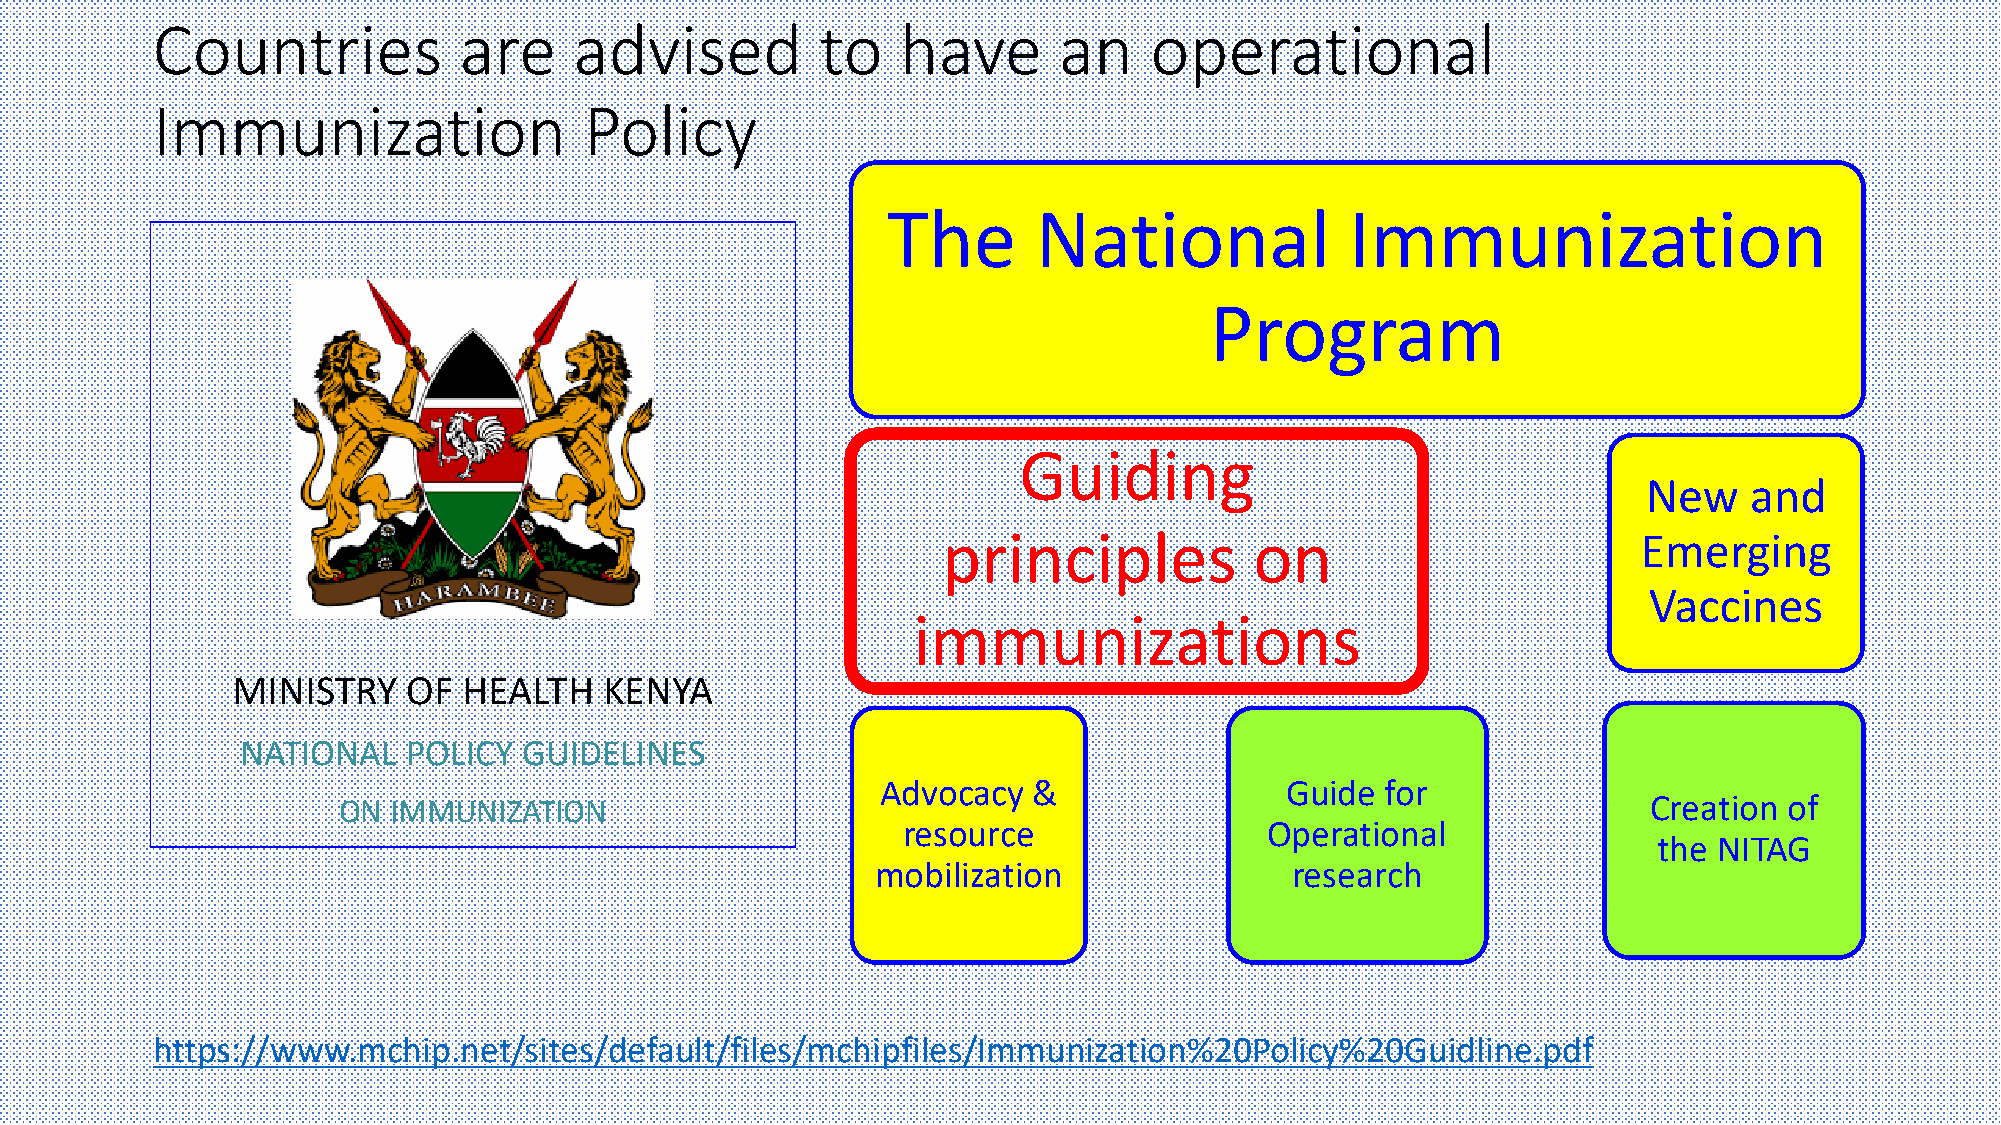
Countries           are     advised         to    have      an    operational
 Immunization                 Policy
 The       National            Immunization
 Program
 Guiding
 New    and
 principles           on                        Emerging
 Vaccines
 immunizations
 MINISTRY    OF  HEALTH   KENYA
 NATIONAL   POLICY  GUIDELINES
 Advocacy  &                Guide  for
 ON  IMMUNIZATION                                                                       Creation of
 resource                Operational
 the NITAG
 mobilization               research
 https://www.mchip.net/sites/default/files/mchipfiles/Immunization%20Policy%20Guidline.pdf